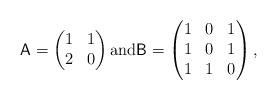
LaTeX: \begin{align*} \textsf{A} = \begin{pmatrix} 1 & 1 \\ 2 & 0\end{pmatrix} \textrm{and} \textsf{B} = \begin{pmatrix} 1 & 0 & 1 \\ 1 & 0 & 1 \\ 1 & 1 & 0 \end{pmatrix},\end{align*}